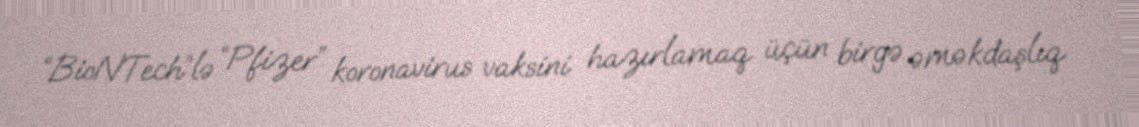
“BioNTech”lə “Pfizer” koronavirus vaksini hazırlamaq üçün birgə əməkdaşlıq